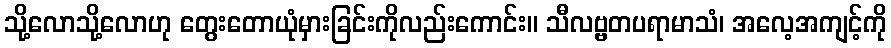
သို့လောသို့လောဟု တွေးတောယုံမှားခြင်းကိုလည်းကောင်း။ သီလဗ္ဗတပရာမာသံ၊ အလေ့အကျင့်ကို